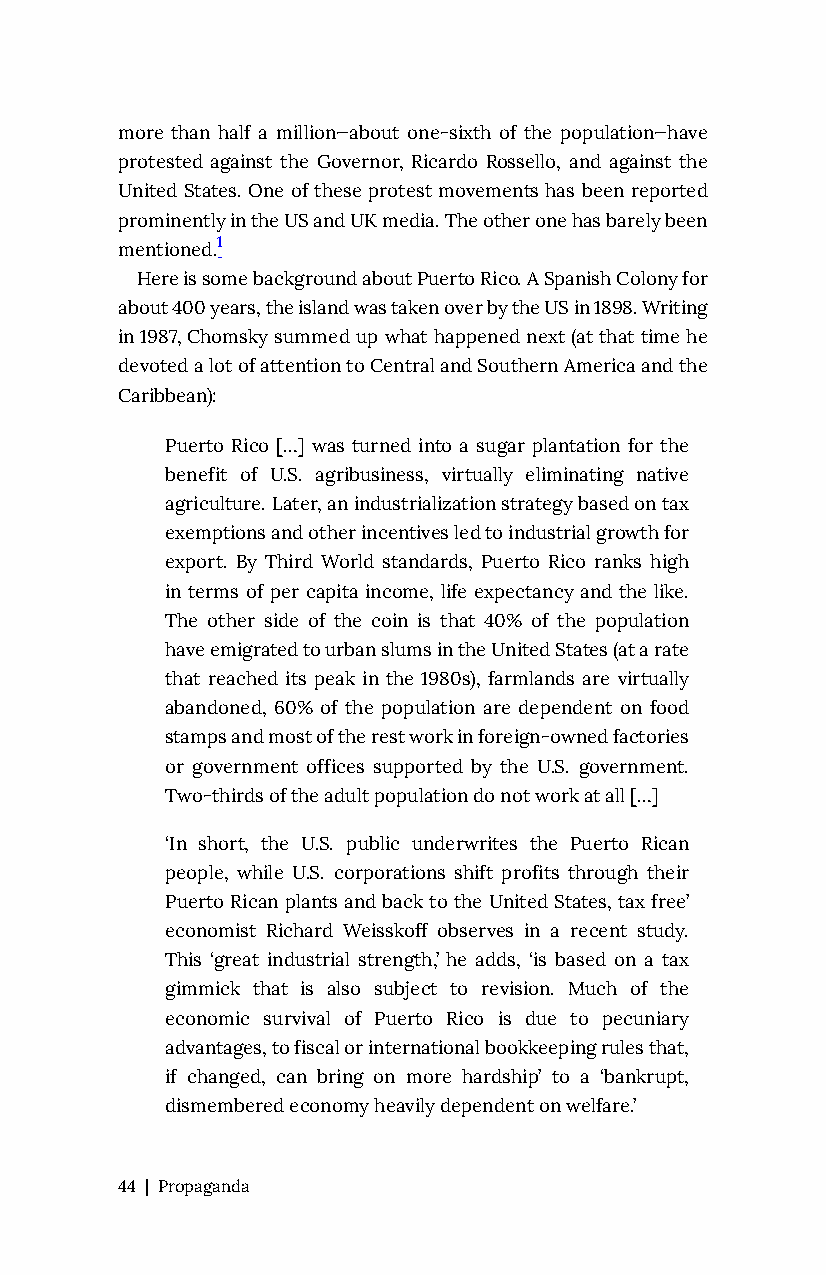
more than half a million—about one-sixth of the population—have
 protested against the Governor, Ricardo Rossello, and against the
 United States. One of these protest movements has been reported
 prominently in the US and UK media. The other one has barely been
 mentioned.1
 Here is some background about Puerto Rico. A Spanish Colony for
 about 400 years, the island was taken over by the US in 1898. Writing
 in 1987, Chomsky summed up what happened next (at that time he
 devoted a lot of attention to Central and Southern America and the
 Caribbean):
 Puerto Rico […] was turned into a sugar plantation for the
 benefit of U.S. agribusiness, virtually eliminating native
 agriculture. Later, an industrialization strategy based on tax
 exemptions and other incentives led to industrial growth for
 export. By Third World standards, Puerto Rico ranks high
 in terms of per capita income, life expectancy and the like.
 The other side of the coin is that 40% of the population
 have emigrated to urban slums in the United States (at a rate
 that reached its peak in the 1980s), farmlands are virtually
 abandoned, 60% of the population are dependent on food
 stamps and most of the rest work in foreign-owned factories
 or government offices supported by the U.S. government.
 Two-thirds of the adult population do not work at all […]
 ‘In short, the U.S. public underwrites the Puerto Rican
 people, while U.S. corporations shift profits through their
 Puerto Rican plants and back to the United States, tax free’
 economist Richard Weisskoff observes in a recent study.
 This ‘great industrial strength,’ he adds, ‘is based on a tax
 gimmick that is also subject to revision. Much of the
 economic survival of Puerto Rico is due to pecuniary
 advantages, to fiscal or international bookkeeping rules that,
 if changed, can bring on more hardship’ to a ‘bankrupt,
 dismembered economy heavily dependent on welfare.’
 44 | Propaganda